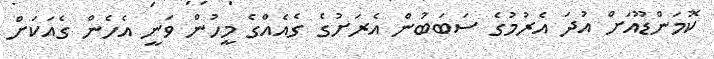
ކޮމަންޑޫއަށް އުދަ އެރުމުގެ ސަބަބުން އެރަށުގެ ގެއެއްގެ މީހުން ވަނީ އެހެން ގެއަކަށް